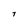
Character: T